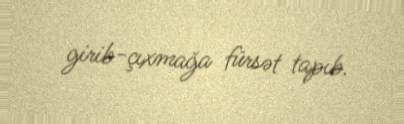
girib-çıxmağa fürsət tapıb.